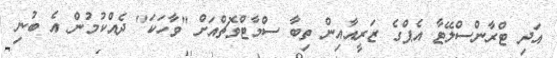
އަދި ޓްރާންސްލޭޓާ އެޕްގެ ޒަރީއާއިން ތިބާ ސްމާޓްވޮޗްއަށް "ވާހަކަ" ދެއްކުމުން އެ ބުނި